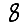
Digit: 8